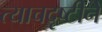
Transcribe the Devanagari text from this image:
त्याचदृष्टीने